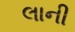
લાની